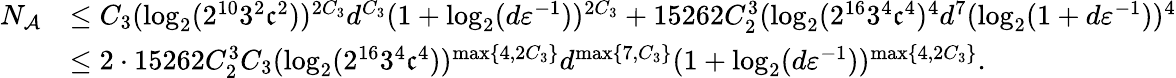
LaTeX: \begin{array}{rl}{N_{\mathcal{A}}}&{\leq C_{3}(\log_{2}(2^{10}3^{2}\mathfrak{c}^{2}))^{2C_{3}}d^{C_{3}}(1+\log_{2}(d{\varepsilon}^{-1}))^{2C_{3}}+15262C_{2}^{3}(\log_{2}(2^{16}3^{4}\mathfrak{c}^{4})^{4}d^{7}(\log_{2}(1+d{\varepsilon}^{-1}))^{4}}\\ &{\leq 2\cdot 15262C_{2}^{3}C_{3}(\log_{2}(2^{16}3^{4}\mathfrak{c}^{4}))^{\operatorname*{max}\{ 4,2C_{3}\} }d^{\operatorname*{max}\{ 7,C_{3}\} }(1+\log_{2}(d{\varepsilon}^{-1}))^{\operatorname*{max}\{ 4,2C_{3}\} }.}\end{array}